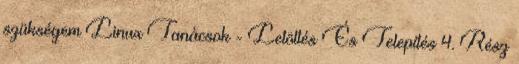
szükségem Linux Tanácsok - Letöltés És Telepítés 4. Rész